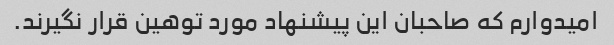
امیدوارم که صاحبان این پیشنهاد مورد توهین قرار نگیرند.